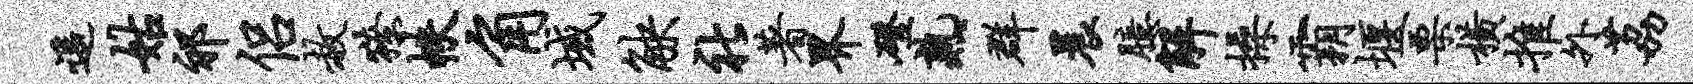
遥姑祁侣赦獠帙角域觖社著界磴熟群晨臆解操霸堰栗横推外荔